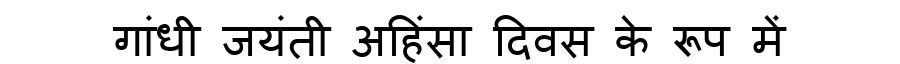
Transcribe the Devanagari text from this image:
गांधी जयंती अहिंसा दिवस के रूप में